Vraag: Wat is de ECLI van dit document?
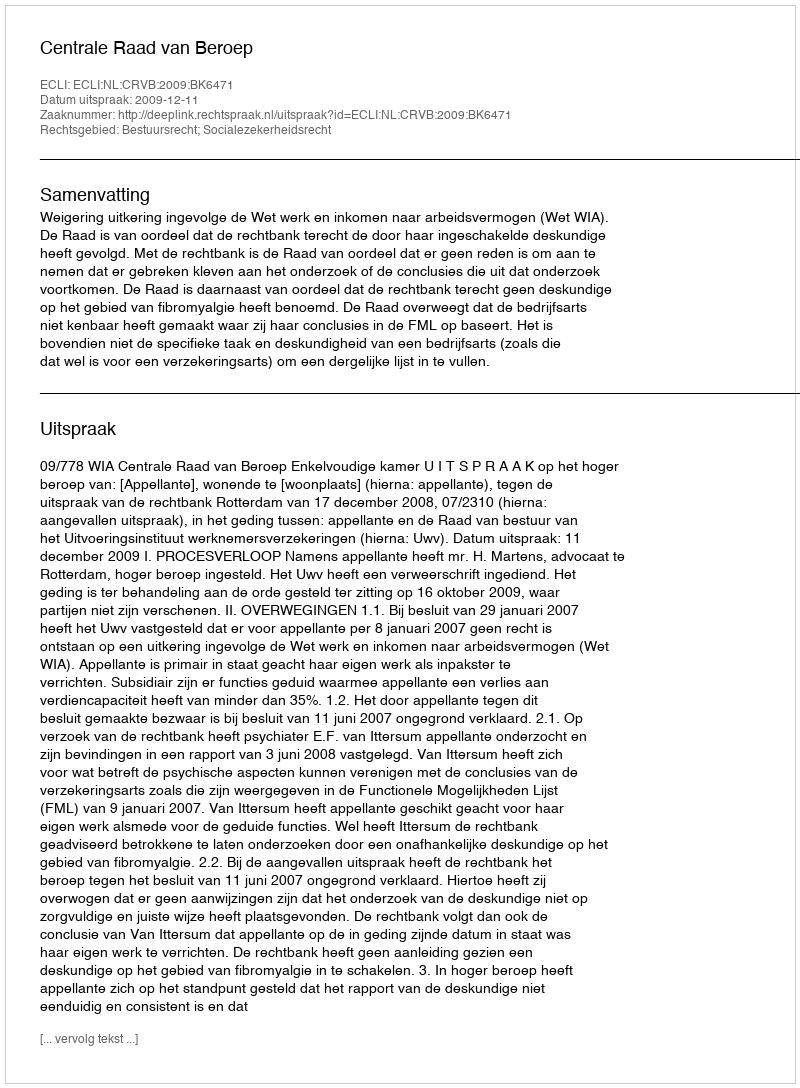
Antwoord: ECLI:NL:CRVB:2009:BK6471